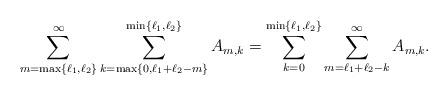
LaTeX: \begin{align*}\sum_{m=\max\{\ell_1,\ell_2\}}^{\infty}\sum_{k=\max\{0,\ell_1+\ell_2-m\}}^{\min\{\ell_1,\ell_2\}}A_{m,k}=\sum_{k=0}^{\min\{\ell_1,\ell_2\}}\sum_{m=\ell_1+\ell_2-k}^{\infty}A_{m,k}.\end{align*}